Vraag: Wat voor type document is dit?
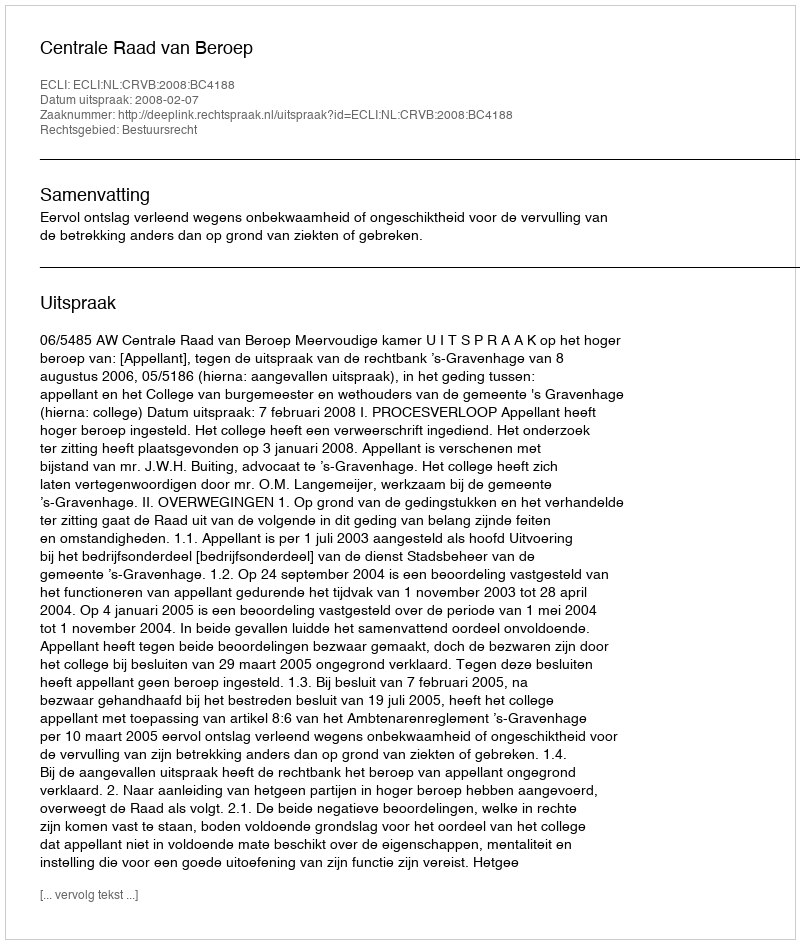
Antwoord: Uitspraak